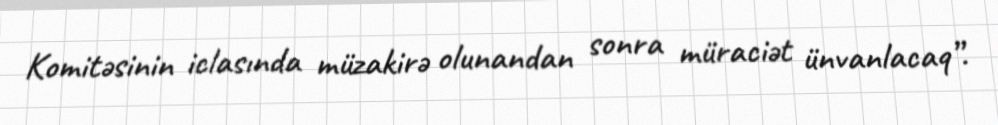
Komitəsinin iclasında müzakirə olunandan sonra müraciət ünvanlacaq”.